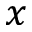
x